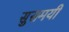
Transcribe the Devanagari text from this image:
सुसमयी